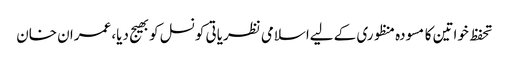
تحفظ خواتین کا مسودہ منظوری کے لیےاسلامی نظریاتی کونسل کوبھیج دیا، عمران خان